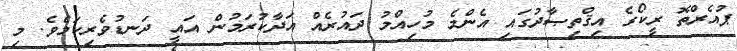
ޕުއެރްތޮ ރީކޯގެ އިޤްތިޞާދުގައިި އެންމެ މުހިއްމު ދައުރެއް އަދާކުރަމުން އައީ ދަނޑުވެރިކަމެވެ. މި